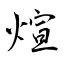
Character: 煊